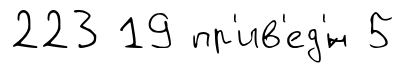
223 19 пр'ив'ед'́н 5